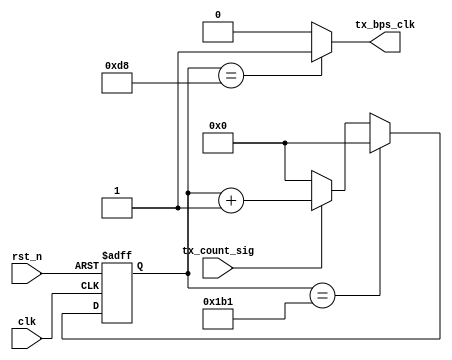
`timescale 1ns / 1ps
//////////////////////////////////////////////////////////////////////////////////
// Company: 
// Engineer: 
// 
// Design Name: 
// Module Name:    tx_bps_module 
// Project Name: 
// Target Devices: 
// Tool versions: 
// Description: 
//
// Dependencies: 
//
// Revision: 
// Revision 0.01 - File Created
// Additional Comments: 
//
//////////////////////////////////////////////////////////////////////////////////
module tx_bps_module
#(parameter BPS = 13'd433)
(
    clk,
    rst_n,
    tx_count_sig,
    tx_bps_clk
);
    
    input clk;
    input rst_n;
    
    input tx_count_sig;
    output tx_bps_clk;
    
    /***********************/
    
    //tx_count_sig 
    
    //50MHz
    //115200bps -- 434-1
    //9600bps -- 5208-1
    
    //12MHz
    //115200bps -- 104-1
    //9600bps -- 1250-1
    
    reg [12:0]Count_BPS;
    
    always @(posedge clk or negedge rst_n)
    begin
        if (!rst_n)
            Count_BPS <= 13'd0;
        else if (Count_BPS == BPS)
            Count_BPS <= 13'd0;
        else if (tx_count_sig)
            Count_BPS <= Count_BPS + 1'b1;
        else
            Count_BPS <= 13'd0;
    end
    
    assign tx_bps_clk = (Count_BPS == (BPS>>1)) ? 1'b1: 1'b0;

endmodule